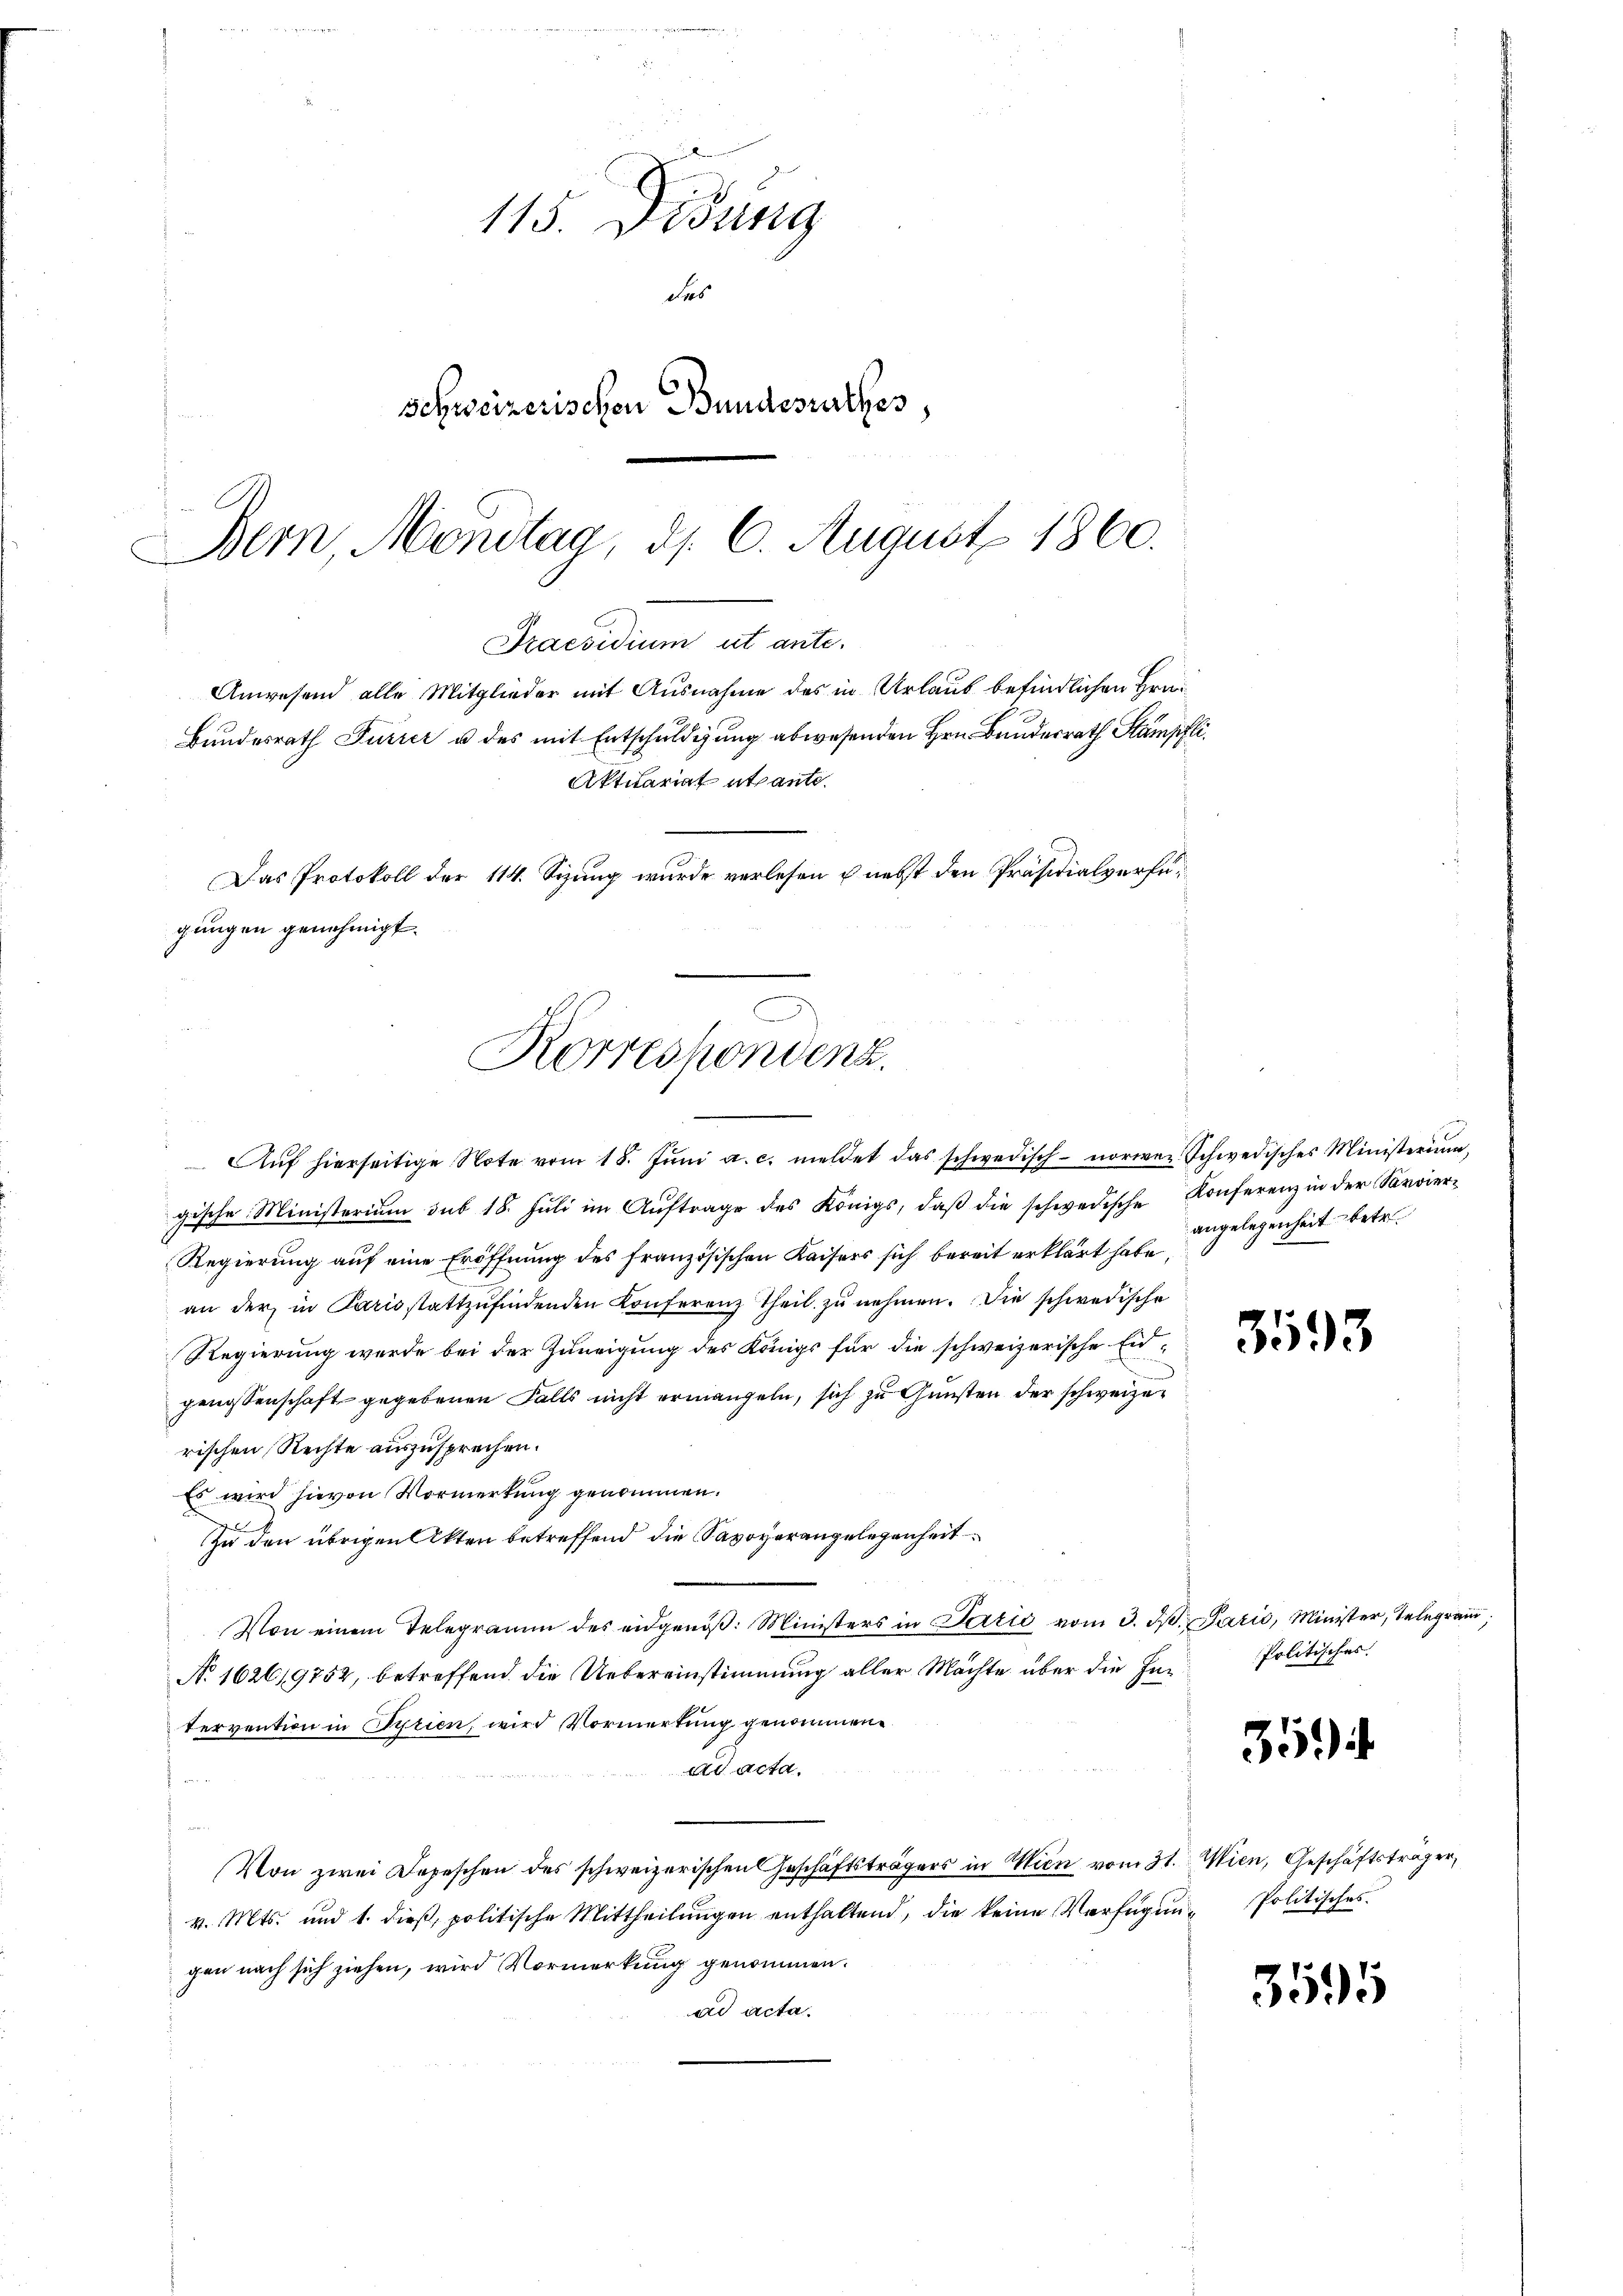
115. Disung
das
schweizerischen Bundesrathes,

Bern, Montag, d. 6. August 1860.
Praesidium ut ante.
Anwesend alle Mitglieder mit Ausnahme des in Urlaub befindlichen Hrn.
Bundesrath Furrer u des mit Entschuldigung abwesenden Hrn. Bundesrath Stampfli
Aktuariat utante.
Das Protokoll der 114. Sizung wurde verlesen & nebst den Präsidialverfügungen genehmigt.
Korrespondenz.

Aŭf hierseitige Note vom 18. Jŭni a. c. meldet das schwedisch-norweg Schwedisches Ministerium,
gische Ministerium sub 18. Juli im Auftrage des Königs, daß die schwedische Konferenz in der Servier¬
Regierung auf eine Eröffnung des französischen Kaisers sich bereit erklärt habe,
an der in Paris stattzŭfindenden Konferenz Theil zŭ nehmen. Die schwedische
Regierung werde bei der Zuneigung des Königs für die schweizerische Eid-
genossenschaft gegebenen Falls nicht ermangeln, sich zu Gunsten der schweizerischen Rechte auszusprechen.
Es wird hievon Vormerkung genommen.
den
Zu den übrigen Akten betreffend die Savoverangelegenheit
Von einem Telegramm des eidgenöβ: Ministers in Perić vom 3. d. Paris, Minister, Telegram,
No. 1626/9752, betreffend die Uebereinstimmung aller Machte über die Intervention in Pyrien, wird Vormerkung genommene
ad acta.
a
Von zwei Depeschen des schweizerischen Geschäftsträgers in Wien vom 31. Wien, Geschäftsträger,
v. Mts. und 1. dieβ, politische Mittheilŭngen enthaltend, die keine Verfügŭn- Politisches.
gen nach sich ziehen, wird Vormerkung genommen.
ad acta.

angelegenheit betr.

3593

Politisches.

359)

359